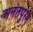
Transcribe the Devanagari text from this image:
अनंतपुरम्